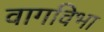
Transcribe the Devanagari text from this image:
वागविभा